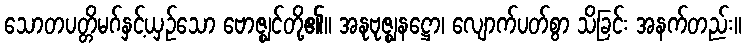
သောတပတ္တိမဂ်နှင့်ယှဉ်သော ဗောဇ္ဈင်တို့၏။ အနုဗုဇ္ဈနဋ္ဌော၊ လျောက်ပတ်စွာ သိခြင်း အနက်တည်း။